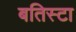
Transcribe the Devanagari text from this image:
बतिस्टा